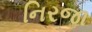
નિરજા